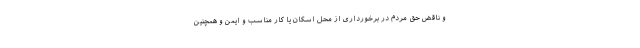
و ناقض حق مردم در برخورداری از محل اسکان یا کار مناسب و ایمن و همچنین